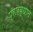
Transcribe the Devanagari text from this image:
प्रारब्धात